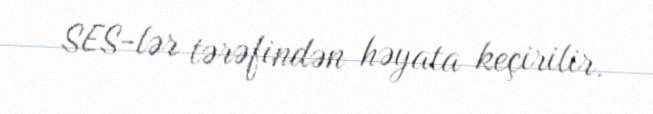
SES-lər tərəfindən həyata keçirilir.